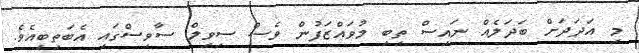
މި އަދަދަށް ބަދަލެއް ނައިސް ތިބި މުވައްޒަފުން ވެސް ސިވިލް ސާވިސްގައި އެބަތިބިއެވެ.